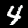
Label: 4